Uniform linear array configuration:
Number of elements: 48
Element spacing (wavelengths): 0.5
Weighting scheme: exponential
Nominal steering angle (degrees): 30
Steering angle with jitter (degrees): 31.9
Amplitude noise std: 0.05
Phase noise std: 0.05

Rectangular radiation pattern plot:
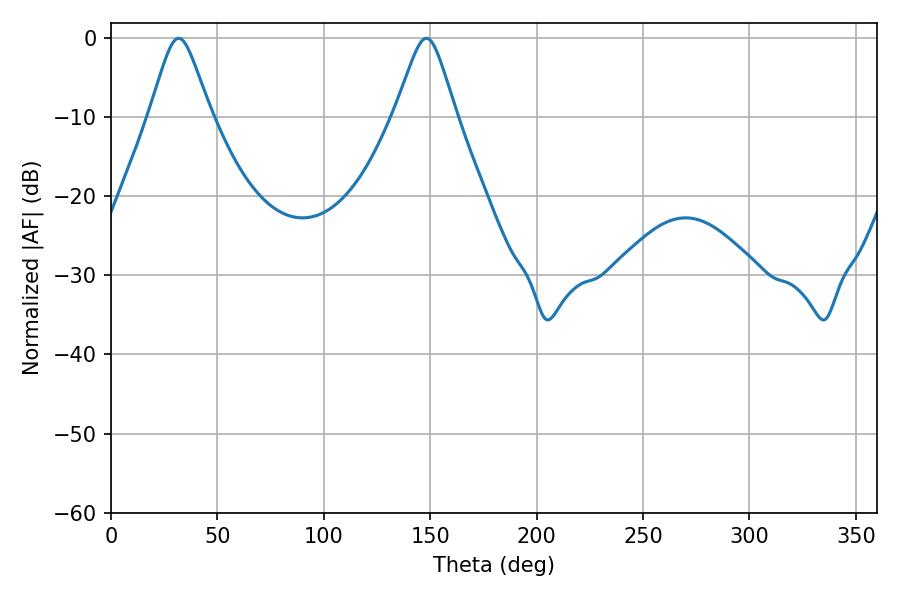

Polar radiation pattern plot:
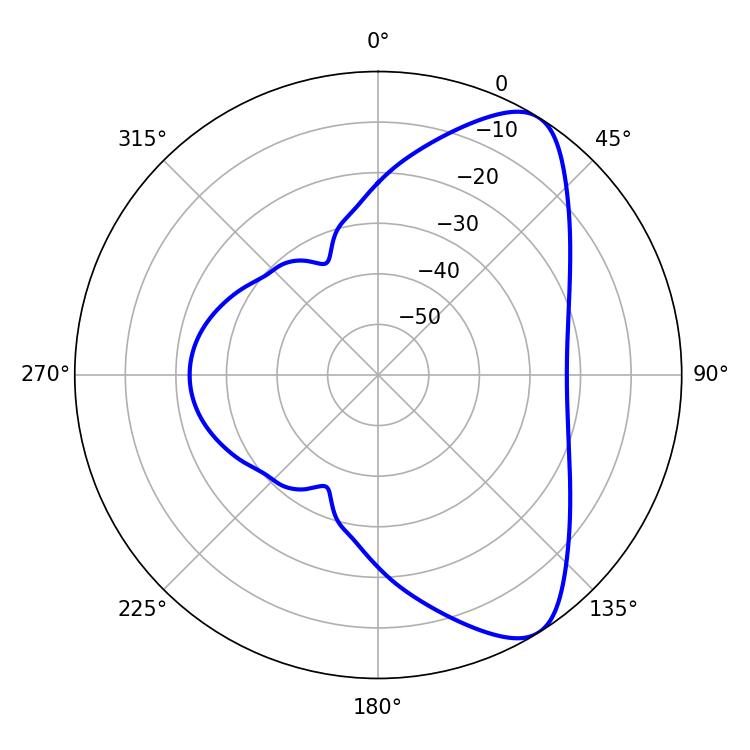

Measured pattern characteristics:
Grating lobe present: FALSE
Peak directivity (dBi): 8.049
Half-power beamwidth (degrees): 13.68
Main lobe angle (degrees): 31.86